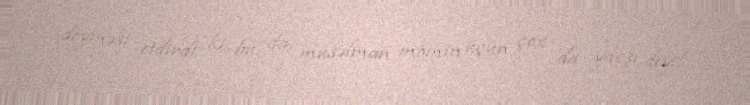
döyməsi etdirdi ki, bu da müsəlman mömin üçün çox da yaxşı deyil.